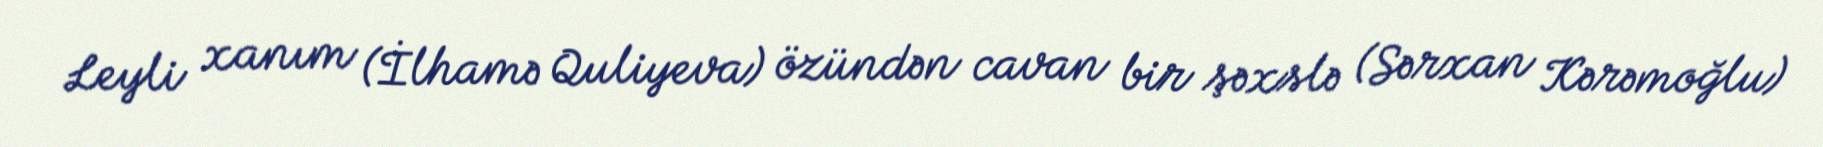
Leyli xanım (İlhamə Quliyeva) özündən cavan bir şəxslə (Sərxan Kərəmoğlu)